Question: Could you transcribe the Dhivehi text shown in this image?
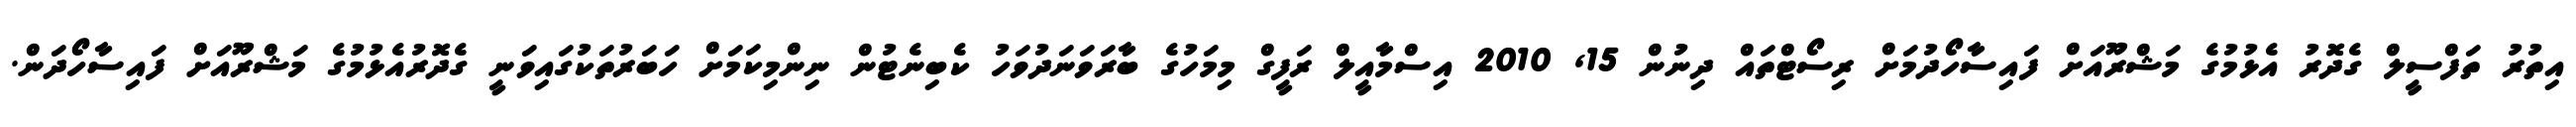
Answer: އިތުރު ތަފްސީލް ގެދޮރު އެޅުމުގެ މަޝްރޫއަށް ފައިސާހޯދުމަށް ރިސޯޓްތައް ދިނުން 15, 2010 އިސްމާއީލް ރަފީގް މިމަހުގެ ބާރަވަނަދުވަހު ކެބިނެޓުން ނިންމިކަމަށް ހަބަރުތަކުގައިވަނީ ގެދޮރުއެޅުމުގެ މަޝްރޫއަށް ފައިސާހޯދަން.